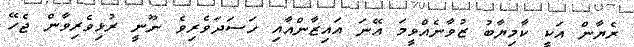
ރެޔާން އަކީ ކާމިޔާބު ޒުވާނެއްވީމަ އޭނަ އައިޒާންއާއި ހަސަދަވެރިވެ ނޫނީ ރުޅިވެރިވާން ޖެހޭ